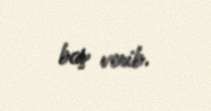
baş verib.